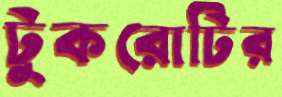
টুকরোটির